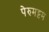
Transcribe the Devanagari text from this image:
पेरुमट्टम